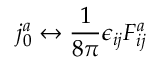
j _ { 0 } ^ { a } \leftrightarrow \frac { 1 } { 8 \pi } \epsilon _ { i j } F _ { i j } ^ { a }